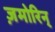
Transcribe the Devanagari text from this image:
ज़मोरिन्